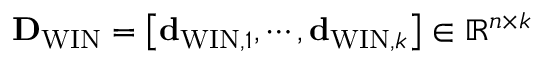
{ \bf D } _ { \mathrm { W I N } } = \left[ { \bf d } _ { \mathrm { W I N } , 1 } , \cdots , { \bf d } _ { \mathrm { W I N } , k } \right] \in \mathbb { R } ^ { n \times k }